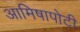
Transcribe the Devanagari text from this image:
आमिषापोटी